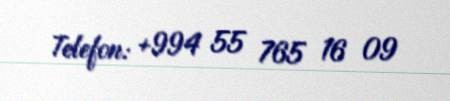
Telefon: +994 55 765 16 09